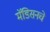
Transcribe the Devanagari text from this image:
मॅडिसनचे